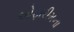
ઓફારીમના